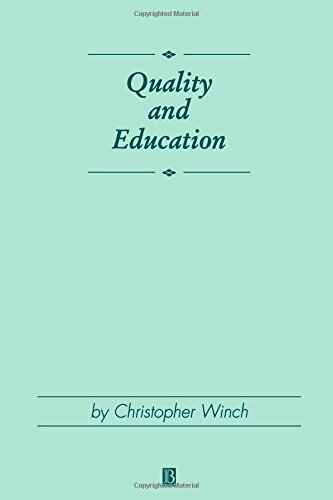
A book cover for Quality and Education (Journal of Philosophy of Education); Christopher Winch; Education & Teaching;